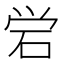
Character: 𬒈